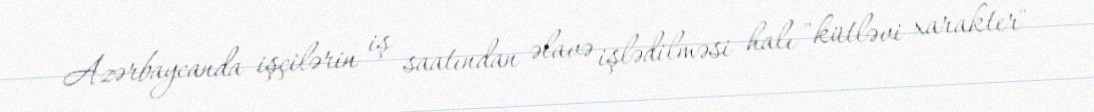
Azərbaycanda işçilərin iş saatından əlavə işlədilməsi halı "kütləvi xarakter"